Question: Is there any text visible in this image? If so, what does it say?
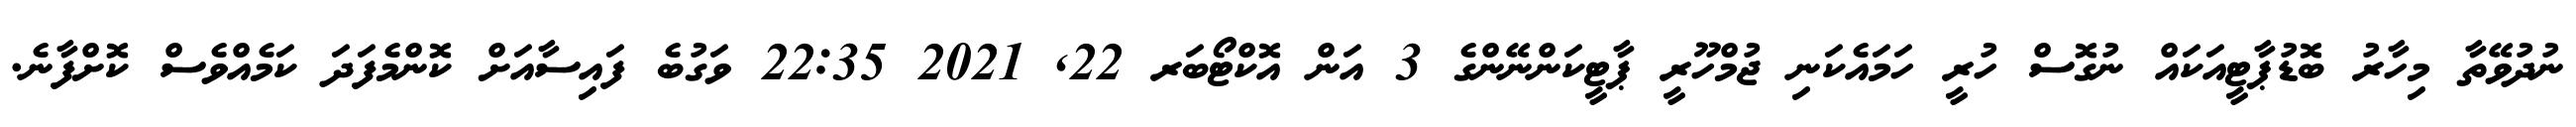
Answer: ނުދުވޭތާ މިހާރު ބޮޑުޕާޓީއަކައް ނުގޮސް ހުރީ ހަމައެކަނި ޖުމްހޫރީ ޕާޓީކަންނޭންގެ 3 އަން އޮކްޓޯބަރ 22, 2021 22:35 ވަގުބެ ފައިސާއަށް ކޮންމެފަދަ ކަމެއްވެސް ކޮށްފާނެ.